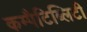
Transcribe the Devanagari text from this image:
कम्पैटिब्लिटी